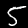
Digit: 5